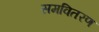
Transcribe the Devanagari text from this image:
समवितरण